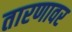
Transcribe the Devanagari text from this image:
तारणावर